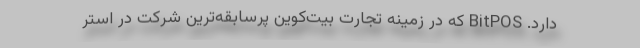
دارد. BitPOS که در زمینه تجارت بیت‌کوین پرسابقه‌ترین شرکت در استر